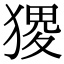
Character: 𤠎